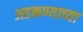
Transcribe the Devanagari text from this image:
अडकण्याच्या